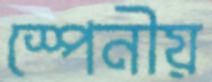
স্পেনীয়